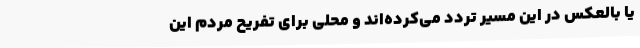
یا بالعکس در این مسیر تردد می‌کرده‌اند و محلی برای تفریح مردم این